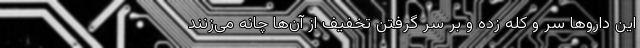
این داروها سر و کله زده و بر سر گرفتن تخفیف از آن‌ها چانه می‌زنند